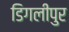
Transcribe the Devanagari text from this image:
डिगलीपुर